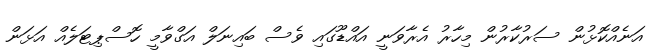
އަނެއްކޮޅުން ސަރުކާރުން މިހާރު އެރާވަނީ އައްޑޫގައި ވެސް ބައިނަލް އަގްވާމީ ހޮސްޕިޓަލެއް އަޅަން